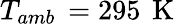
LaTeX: T_{amb}\, =295\, \mathrm{~K~}